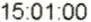
15:01:00